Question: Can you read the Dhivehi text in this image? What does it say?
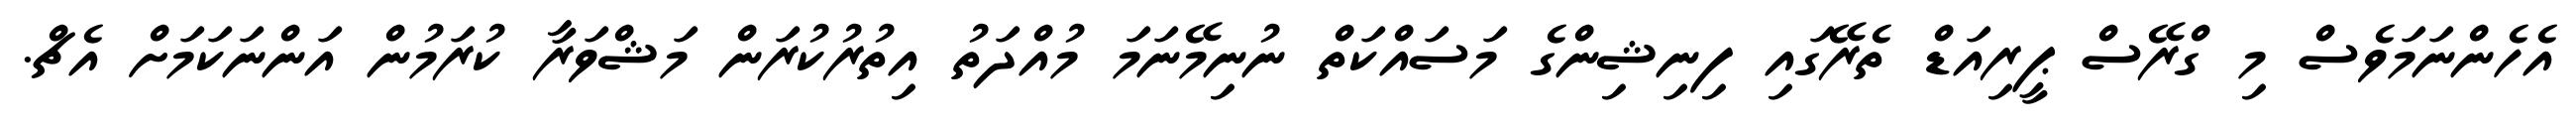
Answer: އެހެންނަމަވެސް މި ގްރޭސް ޕީރިއަޑް ތެރޭގައި ފިނިޝިންގެ މަސައްކަތް ނުނިމޭނަމަ މުއްދަތު އިތުރުކުރަން މަޝްވަރާ ކުރަމުން އަންނަކަމަށް އެޗް.